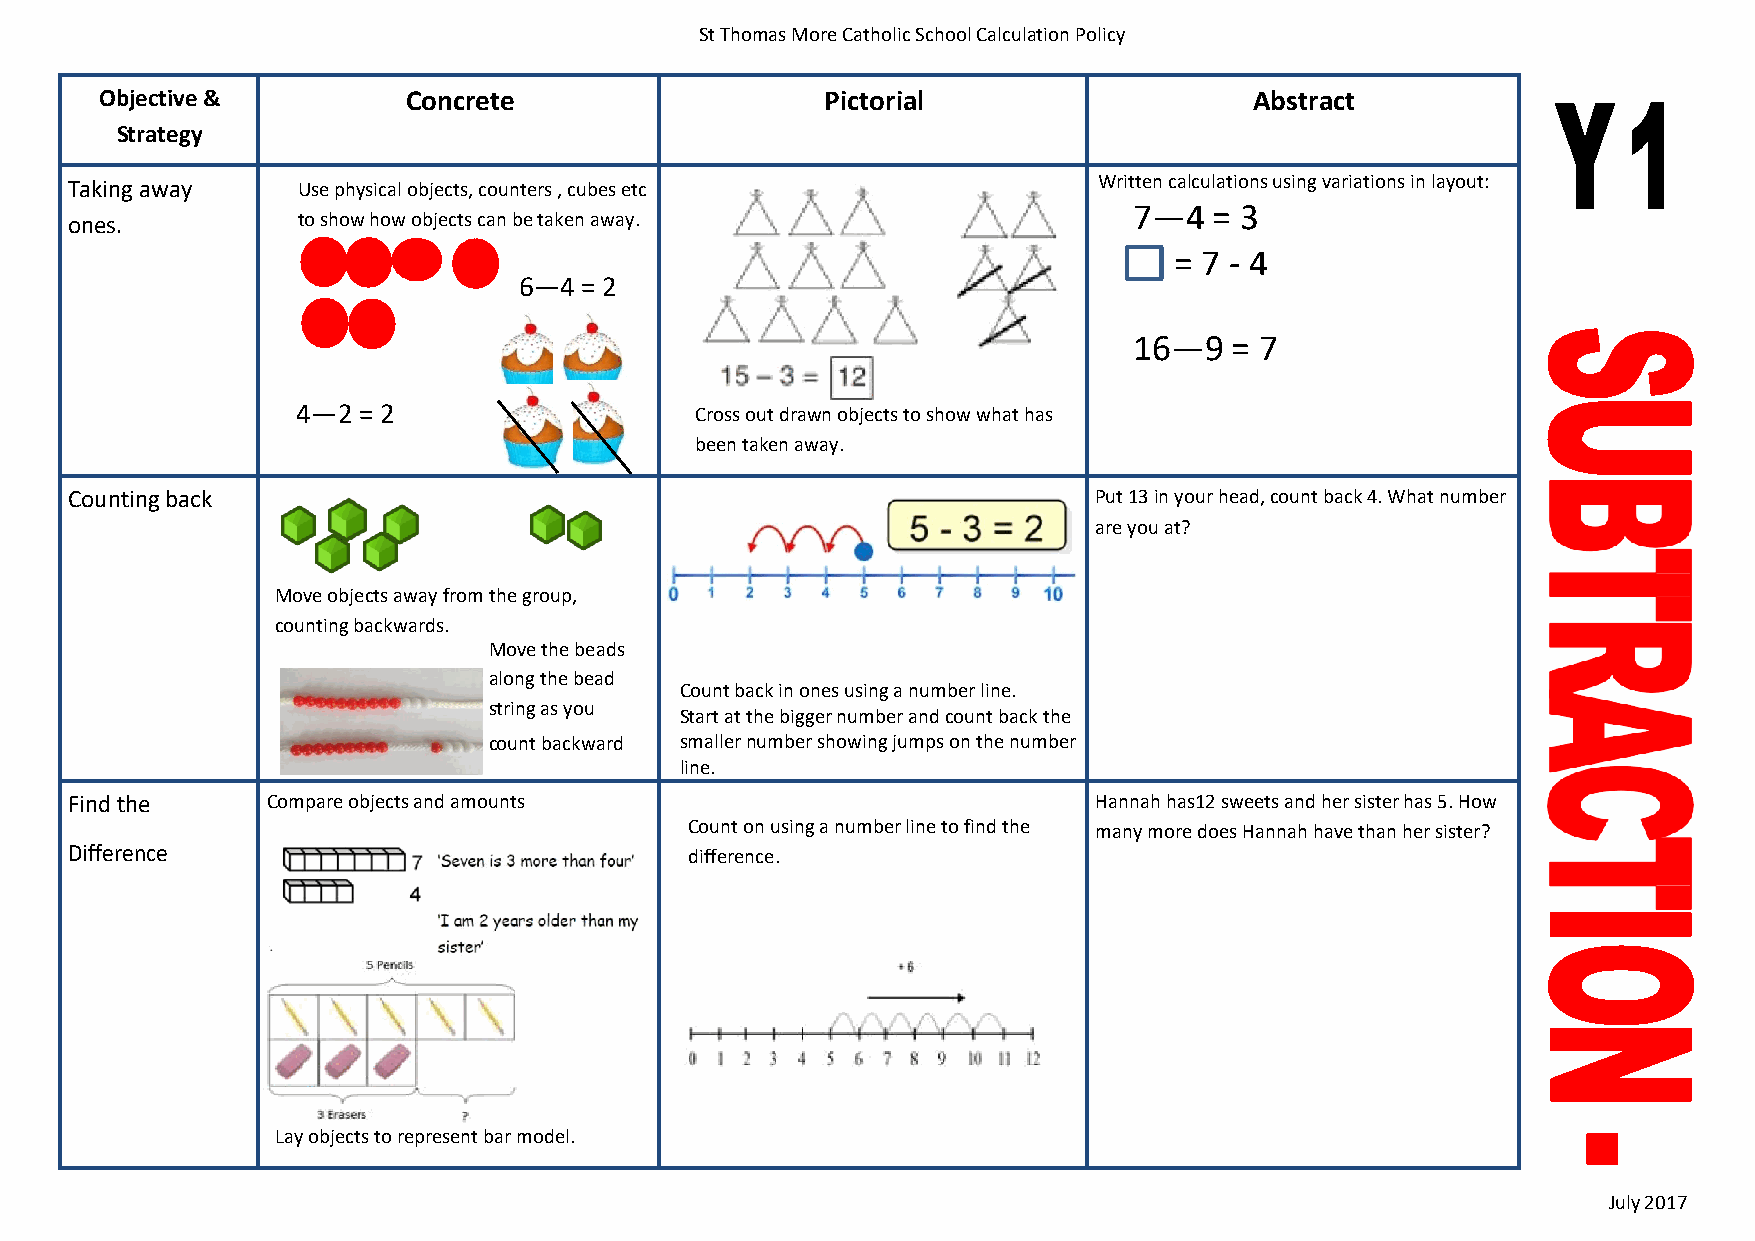
St Thomas More Catholic School Calculation Policy
 Objective &         Concrete                    Pictorial                   Abstract
 Strategy
 Taking away     Use physical objects, counters , cubes etc           Written calculations using variations in layout:
 7—4  = 3
 ones.           to show how objects can be taken away.
 = 7 - 4
 6—4 = 2
 16—9   = 7
 4—2 = 2                   Cross out drawn objects to show what has
 been taken away.
 Counting back                                                       Put 13 in your head, count back 4. What number
 are you at?
 Move objects away from the group,
 counting backwards.
 Move the beads
 along the bead
 Count back in ones using a number line.
 string as you
 Start at the bigger number and count back the
 count backward smaller number showing jumps on the number
 line.
 Find the      Compare objects and amounts                           Hannah has12 sweets and her sister has 5. How
 Count on using a number line to find the many more does Hannah have than her sister?
 Difference                                difference.
 Lay objects to represent bar model.
 July 2017